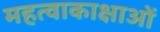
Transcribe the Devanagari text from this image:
महत्वाकाक्षाओं